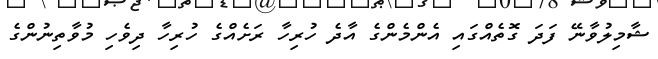
ޝާމިލުވާނޭ ފަދަ ގޮތެއްގައި އެންމެންގެ އާދެ ހުރިހާ ރަށެއްގެ ހުރިހާ ދިވެހި މުވާތިނުންގެ